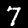
Digit: 7